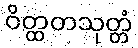
ဝိတ္ထတသုတ္တံ